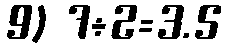
9) 7÷2=3.5